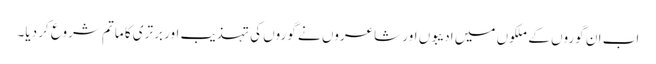
اب ان گوروں کے ملکوں میں ادیبوں اور شاعروں نے گوروں کی تہذیب اور برتری کا ماتم شروع کر دیا۔